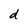
Character: d